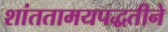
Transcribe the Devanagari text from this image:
शांततामयपद्धतीने